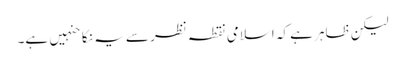
لیکن ظاہر ہے کہ اسلامی نقطہ نظر سے یہ نکاحنہیں ہے۔